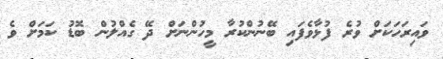
ވައިރަހަކަށް ވުރެ ފުޅާވެފައި ބޭނުންކުރާ މީހުންނަށް ދޭ ގެއްލުން ބޮޑު ކަމަށް ވެ